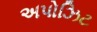
અપોઝિટ